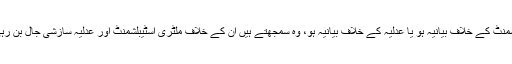
اسٹیبلشمنٹ کے خلاف بیانیہ ہو یا عدلیہ کے خلاف بیانیہ ہو، وہ سمجھتے ہیں ان کے خلاف ملٹری اسٹیبلشمنٹ اور عدلیہ سازشی جال بن رہی ہے۔